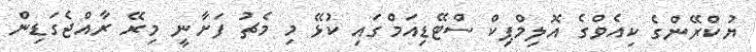
ޔުކްރޭންގެ ކިއެވްގެ އޮލިމްޕިކް ސްޓޭޑިއަމްގައި ކުޅޭ މި މެޗު ފަށާނީ މިރޭ ރާއްޖެގަޑިން